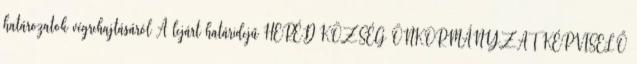
határozatok végrehajtásáról A lejárt határidejű HERÉD KÖZSÉG ÖNKORMÁNYZAT KÉPVISELŐ